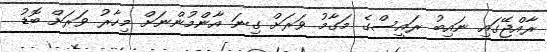
ރާއްޖޭގައި ނައިބު ރައީސްގެ މަގާމު ވަރަށް ގިނަ އާންމުންނަށް މިހާރު ވަރަށް ބޮޑު